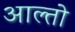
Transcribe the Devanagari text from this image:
आल्तो